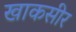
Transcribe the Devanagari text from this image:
खाकसीर